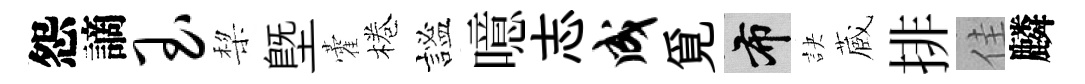
怨謫玉棃塈藿棬謐噫志成覓布訣蔵排佳麟